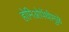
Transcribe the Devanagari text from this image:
होमिओपॅथीमुळे